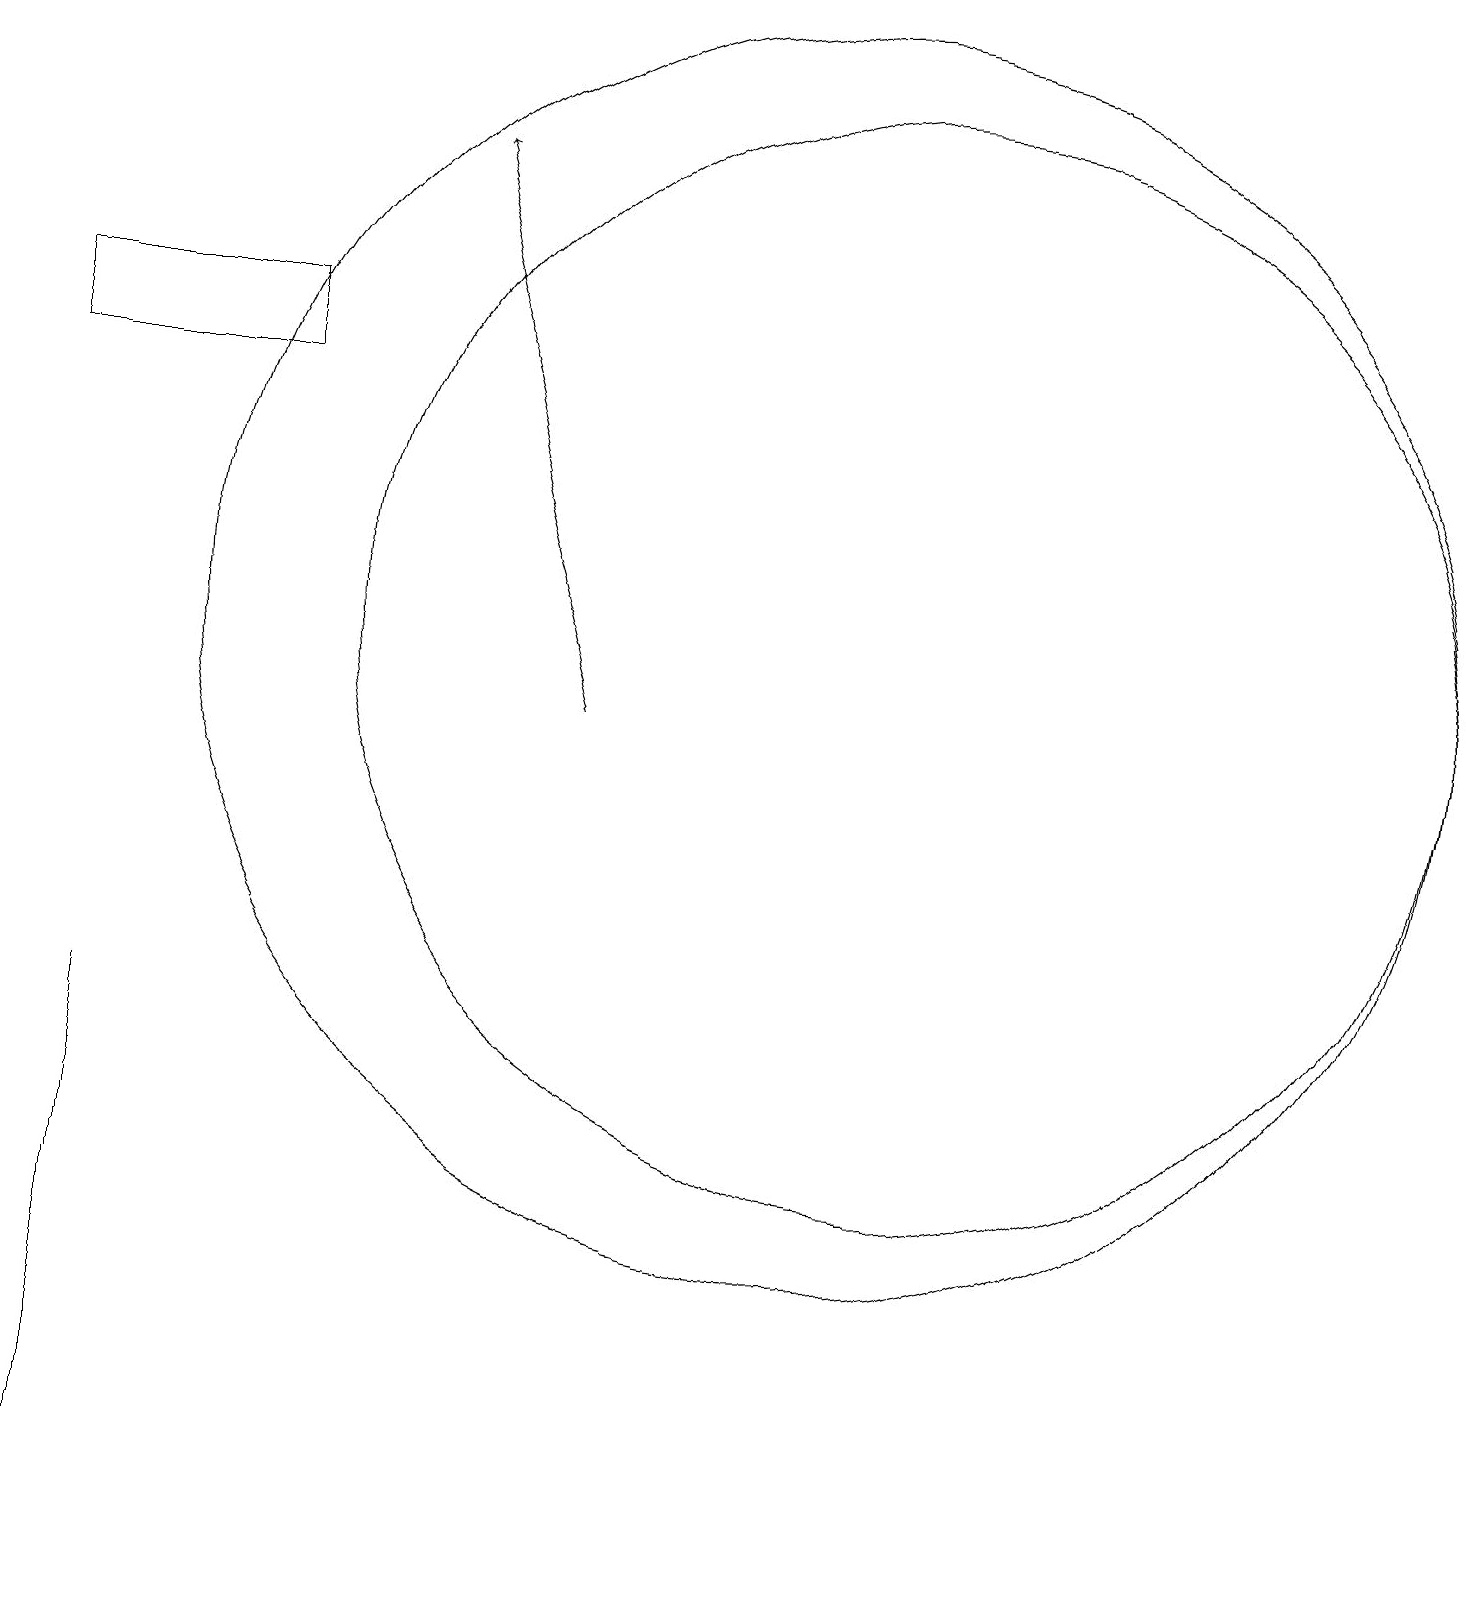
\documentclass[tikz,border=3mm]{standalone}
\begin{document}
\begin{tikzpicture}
\draw (1,16) rectangle (4,15);
\draw (2,3) -- (2,7) -- (2,0) -- cycle;
\draw (11,12) circle (8);
\draw (12,12) circle (7);
\draw[->] (8,11) -- (6,18);
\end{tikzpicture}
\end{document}